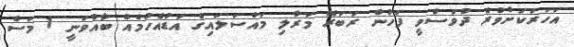
އަހަރަކަށްވުރެ ދުވަސްވީ ފަހުން ރަބަރޭ މަރާލި މައްސަލައިގެ އަޑުއެހުމެއް ބާއްވަނީ 1 މަސް